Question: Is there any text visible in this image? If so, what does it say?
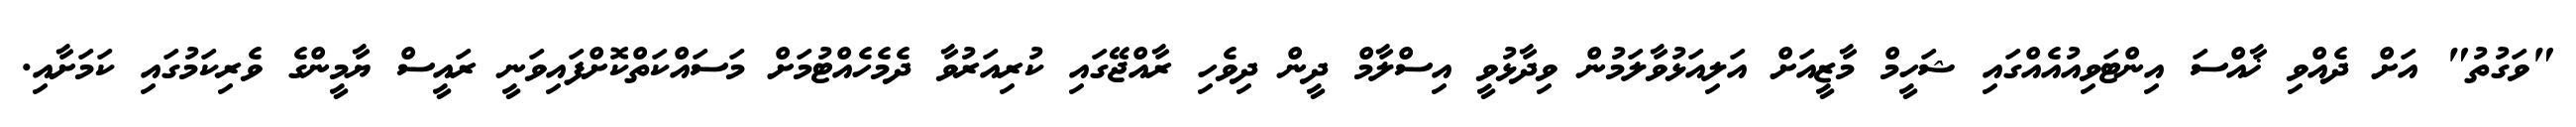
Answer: "ވަގުތު" އަށް ދެއްވި ޚާއްސަ އިންޓަވިއުއެއްގައި ޝަހީމް މާޒީއަށް އަލިއަޅުވާލަމުން ވިދާޅުވީ އިސްލާމް ދީން ދިވެހި ރާއްޖޭގައި ކުރިއަރުވާ ދެމެހެއްޓުމަށް މަސައްކަތްކޮށްފައިވަނީ ރައީސް ޔާމީންގެ ވެރިކަމުގައި ކަމަށާއި.